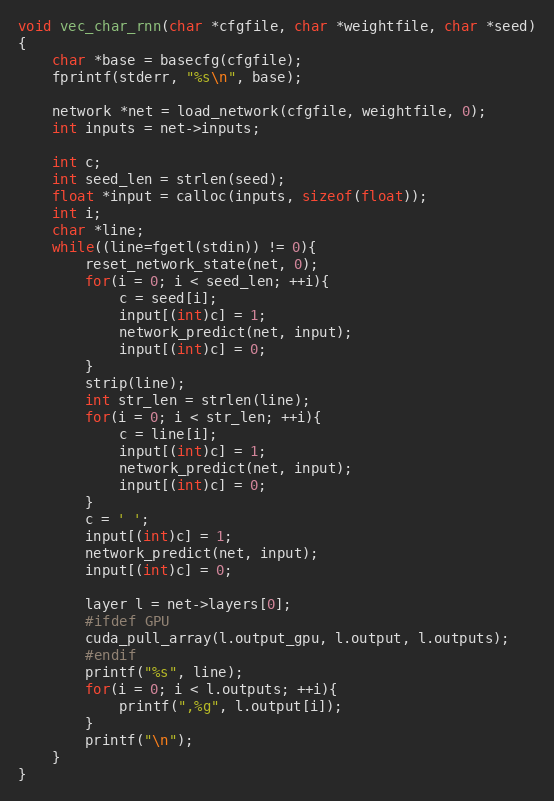
Language: C
void vec_char_rnn(char *cfgfile, char *weightfile, char *seed)
{
    char *base = basecfg(cfgfile);
    fprintf(stderr, "%s\n", base);

    network *net = load_network(cfgfile, weightfile, 0);
    int inputs = net->inputs;

    int c;
    int seed_len = strlen(seed);
    float *input = calloc(inputs, sizeof(float));
    int i;
    char *line;
    while((line=fgetl(stdin)) != 0){
        reset_network_state(net, 0);
        for(i = 0; i < seed_len; ++i){
            c = seed[i];
            input[(int)c] = 1;
            network_predict(net, input);
            input[(int)c] = 0;
        }
        strip(line);
        int str_len = strlen(line);
        for(i = 0; i < str_len; ++i){
            c = line[i];
            input[(int)c] = 1;
            network_predict(net, input);
            input[(int)c] = 0;
        }
        c = ' ';
        input[(int)c] = 1;
        network_predict(net, input);
        input[(int)c] = 0;

        layer l = net->layers[0];
        #ifdef GPU
        cuda_pull_array(l.output_gpu, l.output, l.outputs);
        #endif
        printf("%s", line);
        for(i = 0; i < l.outputs; ++i){
            printf(",%g", l.output[i]);
        }
        printf("\n");
    }
}